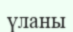
үланы